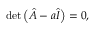
\operatorname* { d e t } \left( { \hat { A } } - a { \hat { I } } \right) = 0 ,